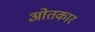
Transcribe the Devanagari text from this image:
ओतकार